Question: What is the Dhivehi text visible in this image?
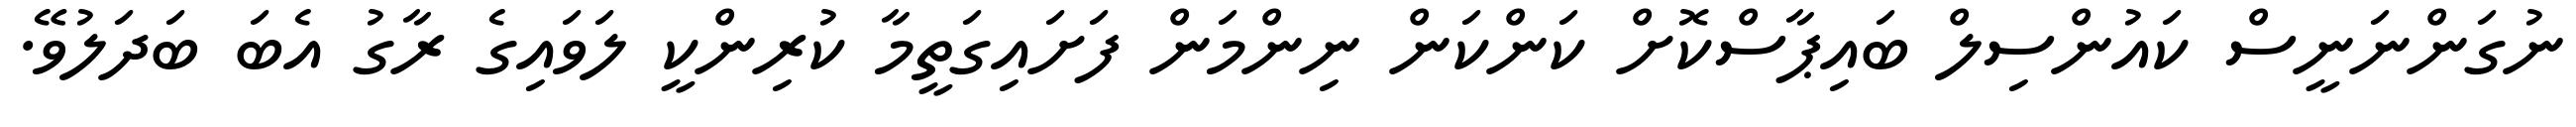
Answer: ނުގަންނަނީސް ކައުންސިލް ބައިޕާސްކޮށް ކަންކަން ނިންމަން ފަށައިގަތީމާ ކުރިންކީ ލަވައިގެ ރާގު އެބަ ބަދަލުވޭ.